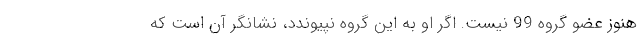
هنوز عضو گروه 99 نیست. اگر او به این گروه نپیوندد، نشانگر آن است که